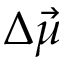
\Delta \vec { \mu }